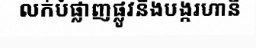
លក់បំផ្លាញផ្លូវនិងបង្ករហានី